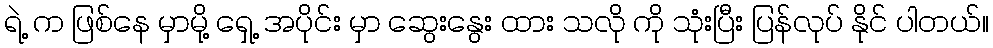
ရဲ့ က ဖြစ်နေ မှာမို့ ရှေ့ အပိုင်း မှာ ဆွေးနွေး ထား သလို ကို သုံးပြီး ပြန်လုပ် နိုင် ပါတယ်။